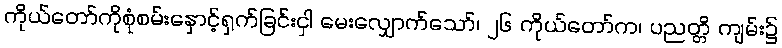
ကိုယ်တော်ကိုစုံစမ်းနှောင့်ရှက်ခြင်းငှါ မေးလျှောက်သော်၊ ၂၆ ကိုယ်တော်က၊ ပညတ္တိ ကျမ်း၌